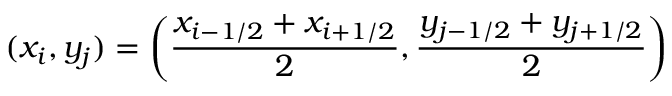
( x _ { i } , y _ { j } ) = \left( \frac { x _ { i - 1 / 2 } + x _ { i + 1 / 2 } } { 2 } , \frac { y _ { j - 1 / 2 } + y _ { j + 1 / 2 } } { 2 } \right)